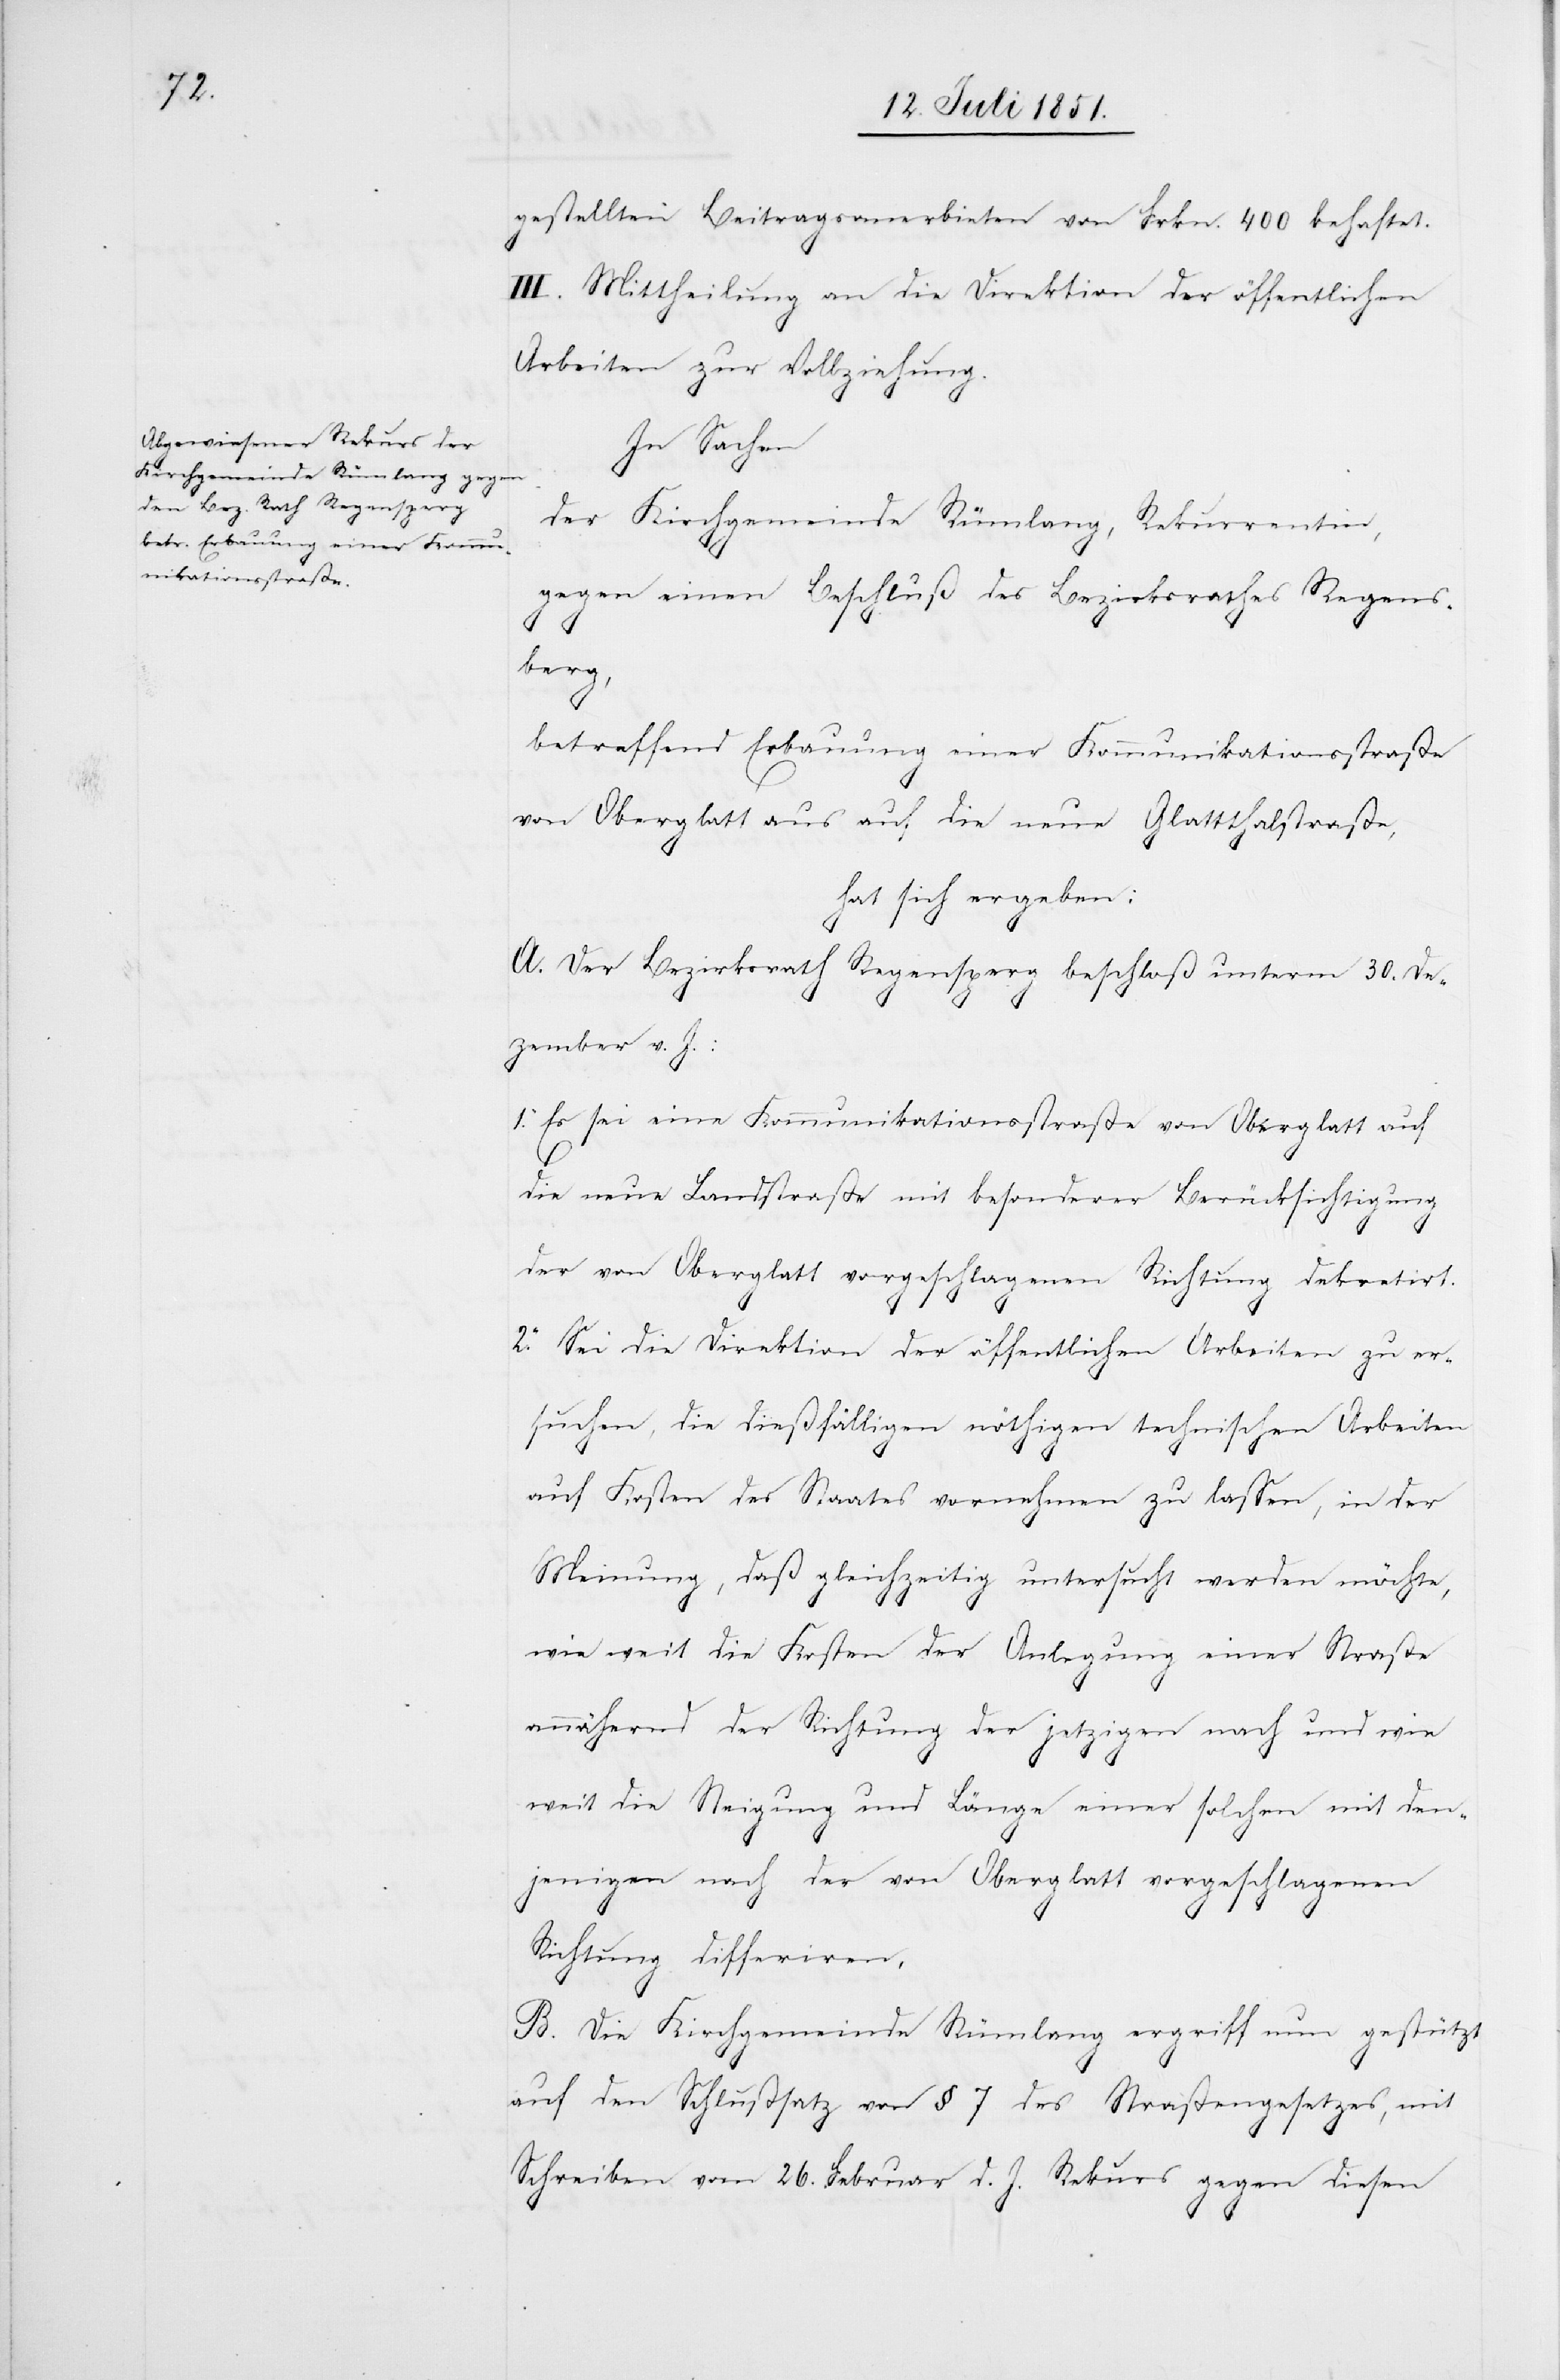
gestellten Beitragsanerbieten von Frkn. 400 behaftet.
III. Mittheilung an die Direktion der öffentlichen
Arbeiten zur Vollziehung.